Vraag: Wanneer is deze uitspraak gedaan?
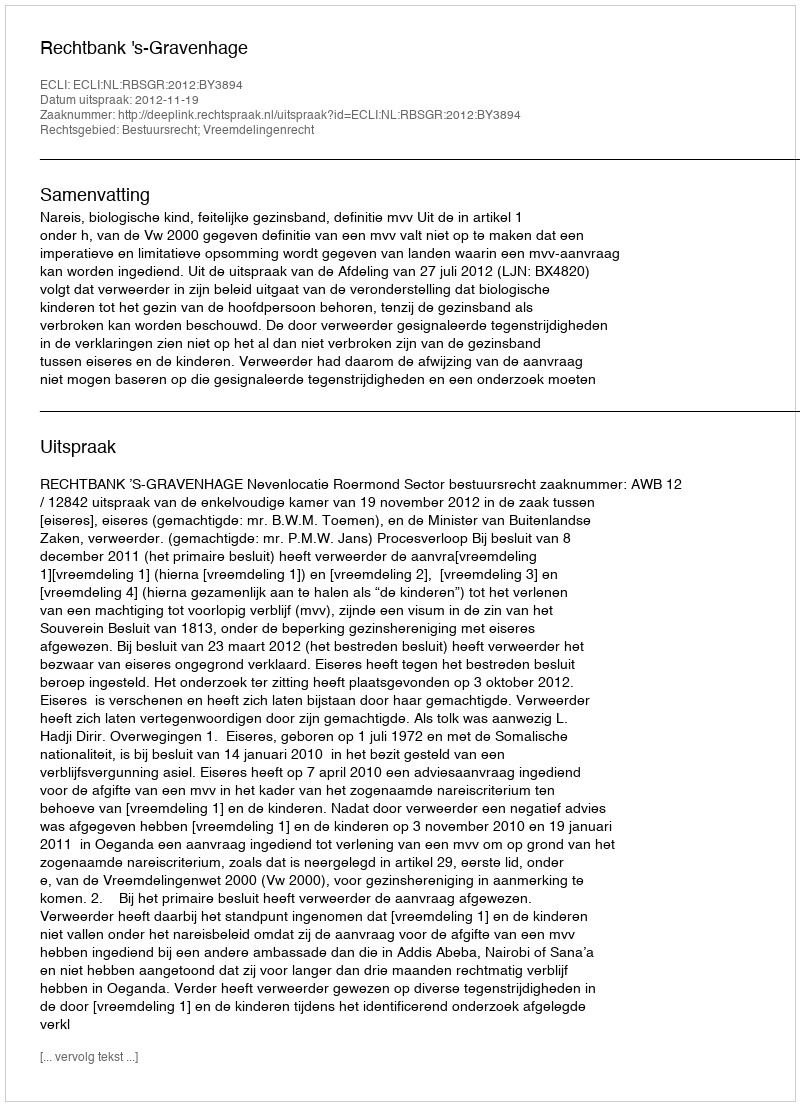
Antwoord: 2012-11-19